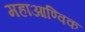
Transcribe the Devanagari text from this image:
महाआण्विक